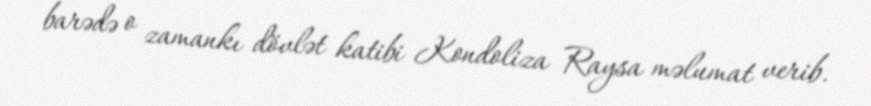
barədə o zamankı dövlət katibi Kondoliza Raysa məlumat verib.